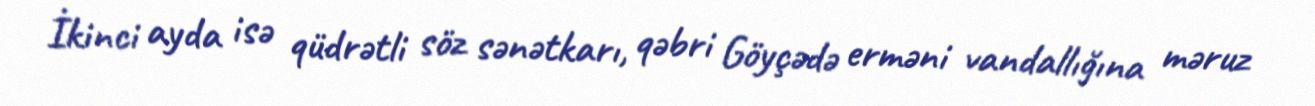
İkinci ayda isə qüdrətli söz sənətkarı, qəbri Göyçədə erməni vandallığına məruz